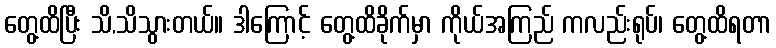
တွေ့ထိပြီး သိ,သိသွားတယ်။ ဒါကြောင့် တွေ့ထိခိုက်မှာ ကိုယ်အကြည် ကလည်းရုပ်၊ တွေ့ထိရတာ